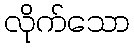
လိုက်သော